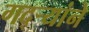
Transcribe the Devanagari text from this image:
गद्र्‍यांने